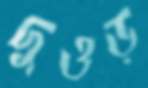
দুওড়